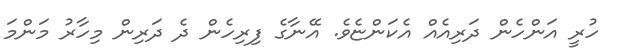
ހުރީ އަންހެން ދަރިއެއް އެކަންޏެވެ. އޭނާގެ ފިރިހެން ދެ ދަރިން މިހާރު މަންމަ